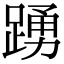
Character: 踴